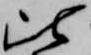
比